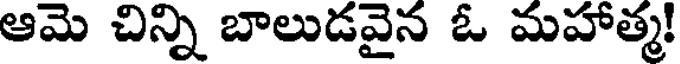
ఆమె చిన్ని బాలుడవైన ఓ మహాత్మ!